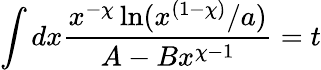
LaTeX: \int dx\frac{x^{-\chi}\ln(x^{(1-\chi)}/a)}{A-Bx^{\chi-1}}=t